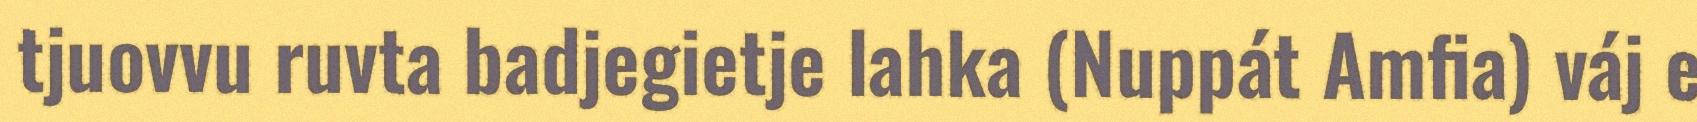
tjuovvu ruvta badjegietje lahka (Nuppát Amfia) váj e